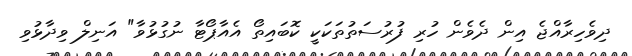
ދިވެހިރާއްޖެ އިން ދެވެން ހުރި ފުރުސަތުތަކަކީ ކޮބައިތޯ އެއާޕޯޓާ ނުގުޅުވާ" އަނިލް ވިދާޅުވި